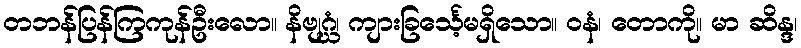
တဘန်ပြန်ကြကုန်ဦးလော။ နိဗျဂ္ဃံ၊ ကျားခြင်္သေ့မရှိသော။ ဝနံ၊ တောကို။ မာ ဆိန္ဒ၊